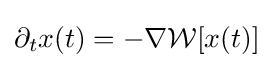
\partial _{t}x(t)=-\nabla {\mathcal {W}}[x(t)]